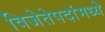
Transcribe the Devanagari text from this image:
विजेतेपदांमध्ये